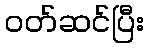
ဝတ်ဆင်ပြီး